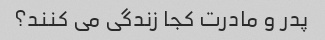
پدر و مادرت کجا زندگی می کنند؟